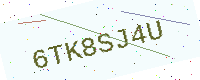
Text: 6TK8SJ4U